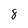
Character: 8